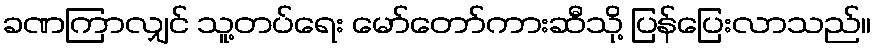
ခဏကြာလျှင် သူ့တပ်ရေး မော်တော်ကားဆီသို့ ပြန်ပြေးလာသည်။